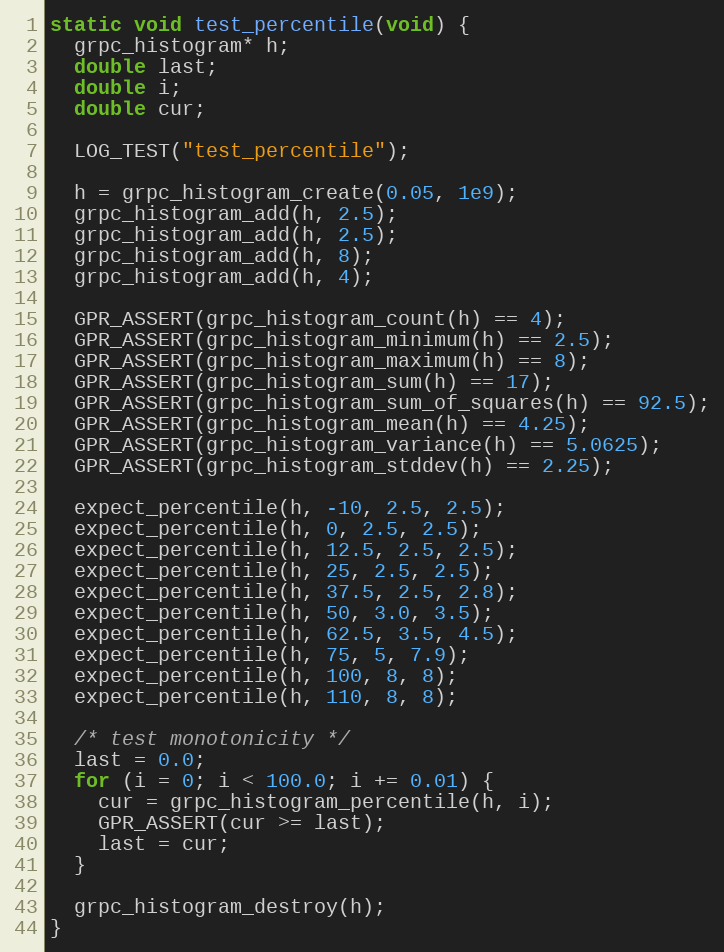
Language: C++
static void test_percentile(void) {
  grpc_histogram* h;
  double last;
  double i;
  double cur;

  LOG_TEST("test_percentile");

  h = grpc_histogram_create(0.05, 1e9);
  grpc_histogram_add(h, 2.5);
  grpc_histogram_add(h, 2.5);
  grpc_histogram_add(h, 8);
  grpc_histogram_add(h, 4);

  GPR_ASSERT(grpc_histogram_count(h) == 4);
  GPR_ASSERT(grpc_histogram_minimum(h) == 2.5);
  GPR_ASSERT(grpc_histogram_maximum(h) == 8);
  GPR_ASSERT(grpc_histogram_sum(h) == 17);
  GPR_ASSERT(grpc_histogram_sum_of_squares(h) == 92.5);
  GPR_ASSERT(grpc_histogram_mean(h) == 4.25);
  GPR_ASSERT(grpc_histogram_variance(h) == 5.0625);
  GPR_ASSERT(grpc_histogram_stddev(h) == 2.25);

  expect_percentile(h, -10, 2.5, 2.5);
  expect_percentile(h, 0, 2.5, 2.5);
  expect_percentile(h, 12.5, 2.5, 2.5);
  expect_percentile(h, 25, 2.5, 2.5);
  expect_percentile(h, 37.5, 2.5, 2.8);
  expect_percentile(h, 50, 3.0, 3.5);
  expect_percentile(h, 62.5, 3.5, 4.5);
  expect_percentile(h, 75, 5, 7.9);
  expect_percentile(h, 100, 8, 8);
  expect_percentile(h, 110, 8, 8);

  /* test monotonicity */
  last = 0.0;
  for (i = 0; i < 100.0; i += 0.01) {
    cur = grpc_histogram_percentile(h, i);
    GPR_ASSERT(cur >= last);
    last = cur;
  }

  grpc_histogram_destroy(h);
}